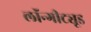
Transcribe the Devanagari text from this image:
लॉन्गीट्यूड